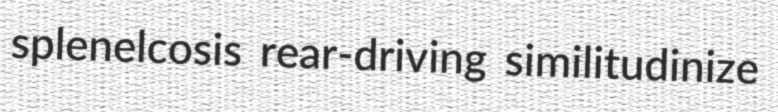
splenelcosis rear-driving similitudinize